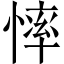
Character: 𢟳